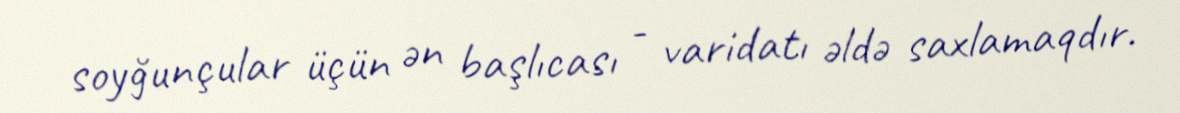
soyğunçular üçün ən başlıcası - varidatı əldə saxlamaqdır.